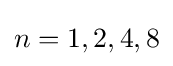
n=1,2,4,8